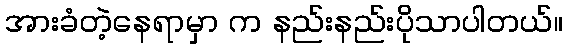
အားခံတဲ့နေရာမှာ က နည်းနည်းပိုသာပါတယ်။